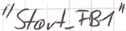
Text: "Start_FB1"